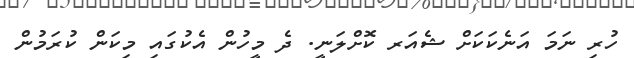
ހުރި ނަމަ އަނެކަކަށް ޝެއަރ ކޮށްލަނީ. ދެ މީހުން އެކުގައި މިކަން ކުރަމުން